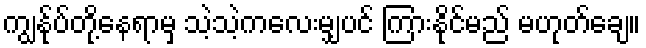
ကျွန်ုပ်တို့နေရာမှ သဲ့သဲ့ကလေးမျှပင် ကြားနိုင်မည် မဟုတ်ချေ။